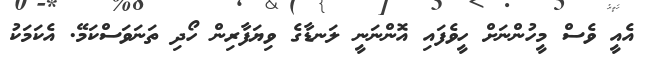
އެއީ ވެސް މީހުންނަށް ހީވެފައި އޮންނަނީ ލަނޑާގެ ވިޔަފާރިން ހޯދި ތަނަވަސްކަމޭ. އެކަމަކު